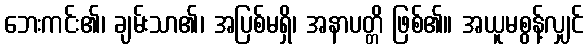
ဘေးကင်း၏၊ ချမ်းသာ၏၊ အပြစ်မရှိ၊ အနာပတ္တိ ဖြစ်၏။ အယူမစွန့်လျှင်